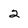
Character: 2